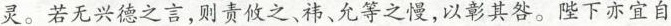
灵。若无兴德之言，则责攸之、祎、允等之慢，以彰其咎。陛下亦宜自